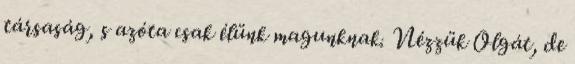
társaság, s azóta csak élünk magunknak. Nézzük Olgát, de